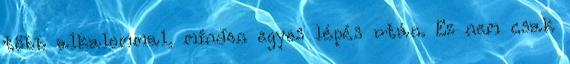
több alkalommal, minden egyes lépés után. Ez nem csak